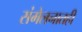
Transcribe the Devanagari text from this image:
संमेलनातही